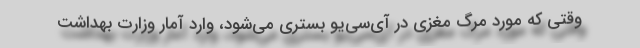
وقتی که مورد مرگ مغزی در آی‌سی‌یو بستری می‌شود، وارد آمار وزارت بهداشت